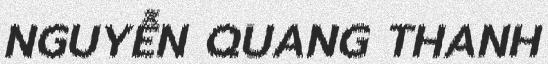
NGUYỄN QUANG THANH